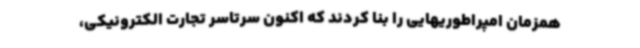
همزمان امپراطوریهایی را بنا کردند که اکنون سرتاسر تجارت الکترونیکی،